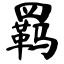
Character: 羁